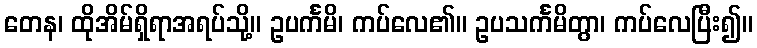
တေန၊ ထိုအိမ်ရှိရာအရပ်သို့။ ဥပင်္ကမိ၊ ကပ်လေ၏။ ဥပသင်္ကမိတွာ၊ ကပ်လေပြီး၍။